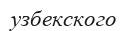
узбекского